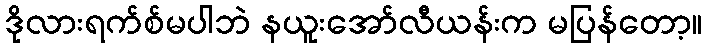
ဒိုလားရက်စ်မပါဘဲ နယူးအော်လီယန်းက မပြန်တော့။